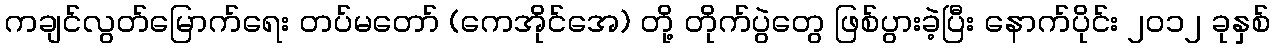
ကချင်လွတ်မြောက်ရေး တပ်မတော် (ကေအိုင်အေ) တို့ တိုက်ပွဲတွေ ဖြစ်ပွားခဲ့ပြီး နောက်ပိုင်း ၂၀၁၂ ခုနှစ်